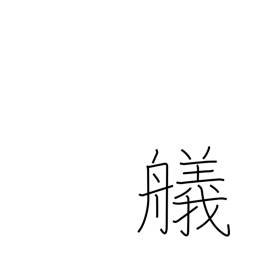
Meaning: landing a boat